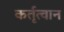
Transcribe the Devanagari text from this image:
कर्तृत्वान